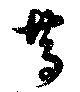
篤